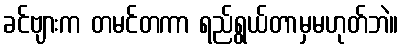
ခင်ဗျားက တမင်တကာ ရည်ရွယ်တာမှမဟုတ်ဘဲ။